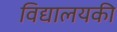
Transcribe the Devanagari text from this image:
विद्यालयकी